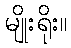
မျိုးရိုး။